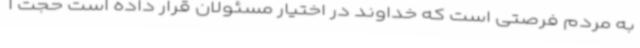
به مردم فرصتی است که خداوند در اختیار مسئولان قرار داده است حجت ا